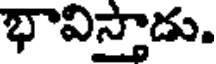
భావిస్తాడు.